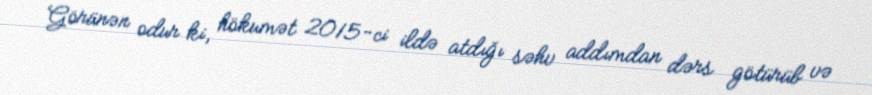
Görünən odur ki, hökumət 2015-ci ildə atdığı səhv addımdan dərs götürüb və